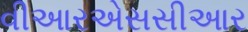
વીઆરએસસીઆર